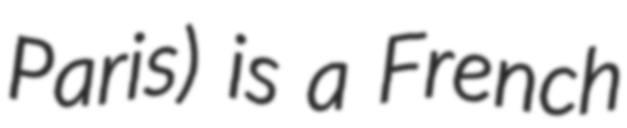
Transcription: Paris) is a French